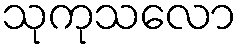
သုကုသလော